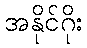
အနိုင်ဂိုး